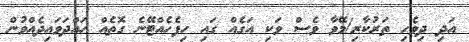
އަދި ދިވެހި ތަރުކާރި/މޭވާ ވެސް ވަކި އަގެއް ގައި ހިފެހެއްޓޭނެ ގޮތެއް ހައްދަވައިދެއްވުން